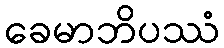
ခေမာဘိပဿံ